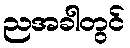
ညအခါတွင်